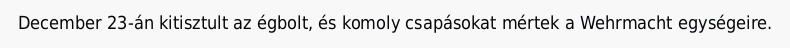
December 23-án kitisztult az égbolt, és komoly csapásokat mértek a Wehrmacht egységeire.